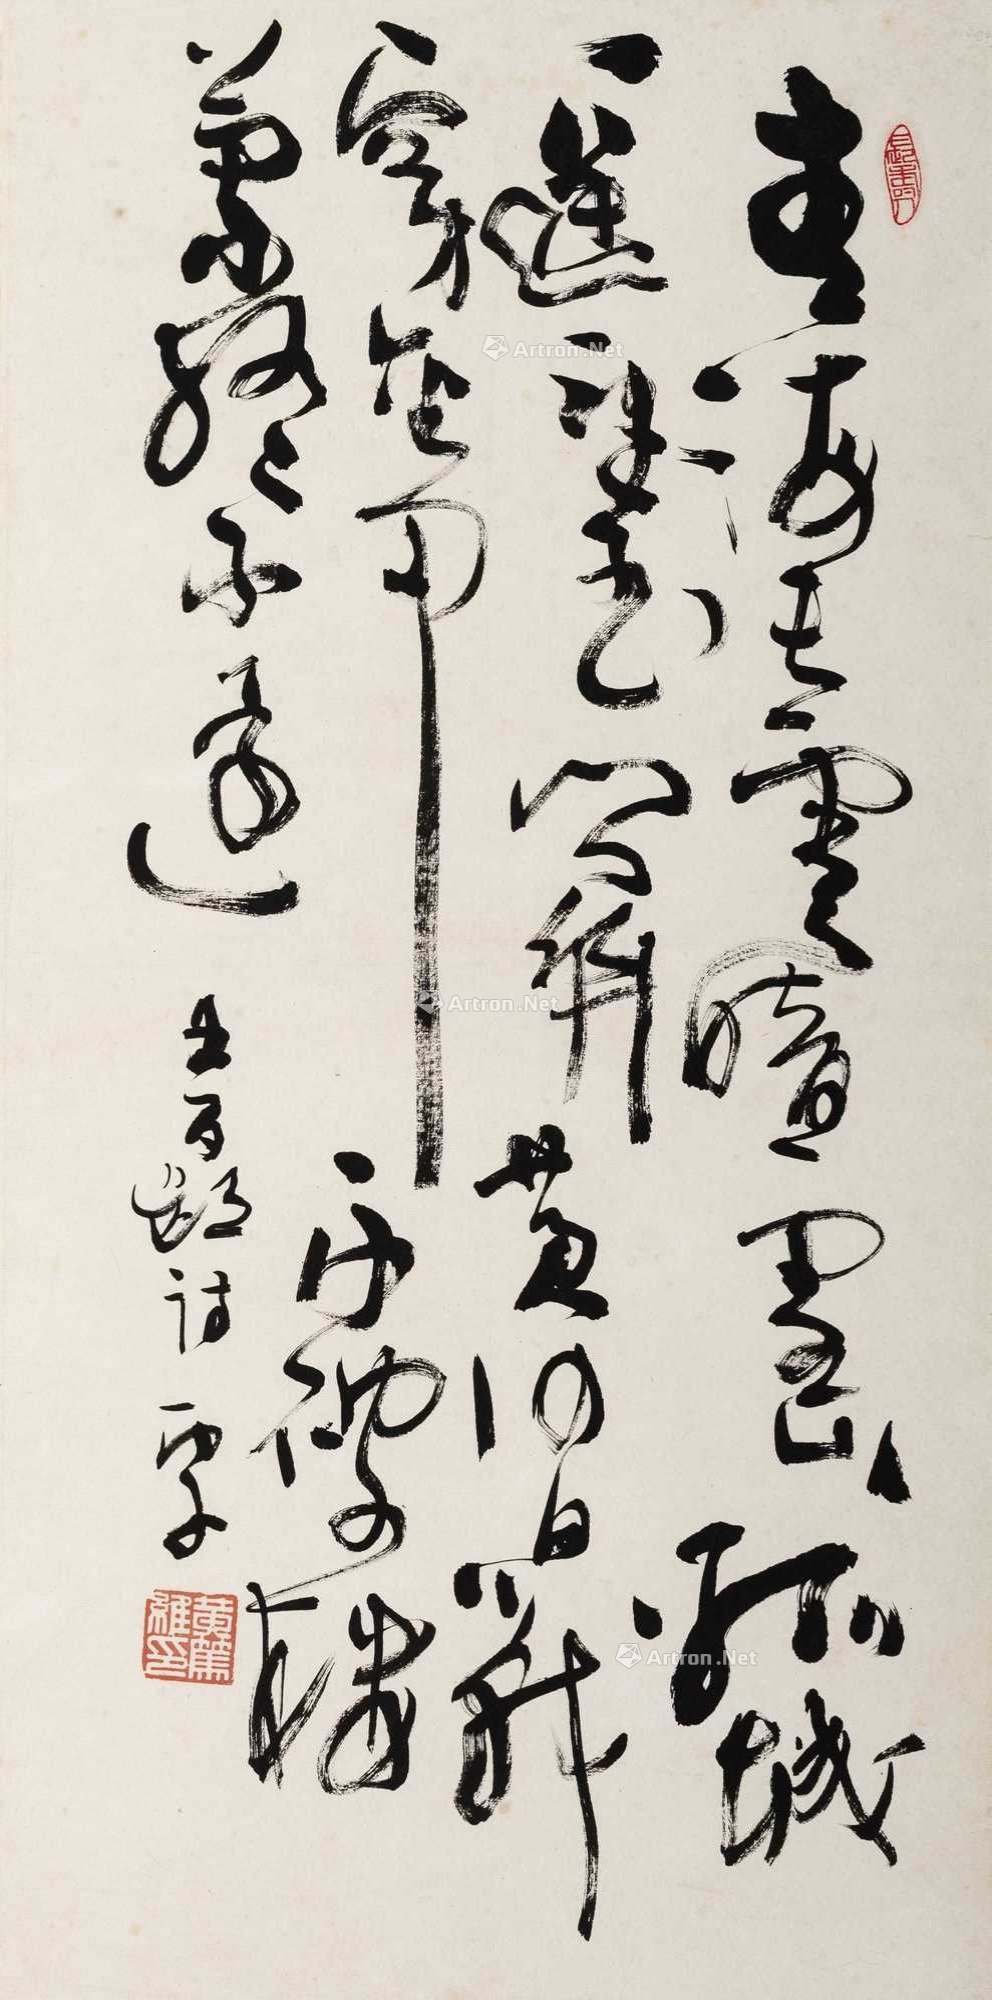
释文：青海长云暗雪山，孤城遥望玉门关。黄沙百战穿金甲，不破楼兰终不还。王昌龄诗丙子。